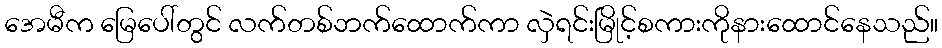
အေမီက မြေပေါ်တွင် လက်တစ်ဘက်ထောက်ကာ လှဲရင်းမြိုင့်စကားကိုနားထောင်နေသည်။